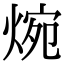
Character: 焥